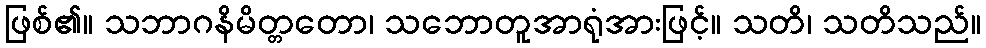
ဖြစ်၏။ သဘာဂနိမိတ္တတော၊ သဘောတူအာရုံအားဖြင့်။ သတိ၊ သတိသည်။